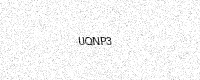
Text: UQNP3